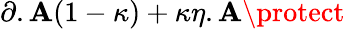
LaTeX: \partial.\mathbf{A}(1-\kappa)+\kappa\eta.\mathbf{A}\protect